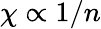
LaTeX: \chi\propto 1/n